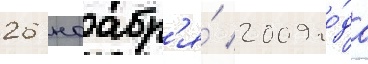
26 ноабр'я́ 2009 го́да